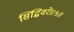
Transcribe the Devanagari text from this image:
सिद्धिवरे॥५॥